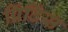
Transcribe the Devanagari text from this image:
प्रिंटिंस